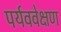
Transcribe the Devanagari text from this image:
पर्यववेक्षण